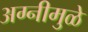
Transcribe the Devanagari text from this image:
अग्नीमुळे